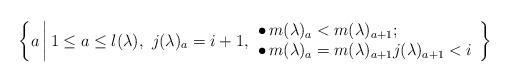
LaTeX: \begin{align*}\left\{a \, \middle|\, 1 \leq a \leq l(\lambda),\ j(\lambda)_a = i+1, \begin{array}{l}\bullet\, m(\lambda)_a < m(\lambda)_{a+1}; \\\bullet\, m(\lambda)_a = m(\lambda)_{a+1} j(\lambda)_{a+1} < i\end{array}\right\}\end{align*}